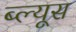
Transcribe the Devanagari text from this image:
ब्ल्यूस